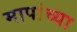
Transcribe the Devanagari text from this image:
मापांच्या